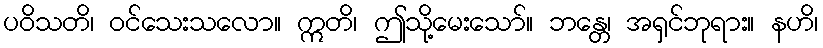
ပဝိသတိ၊ ဝင်သေးသလော။ ဣတိ၊ ဤသို့မေးသော်။ ဘန္တေ၊ အရှင်ဘုရား။ နဟိ၊